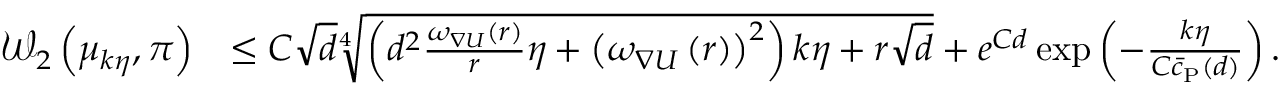
\begin{array} { r l } { \mathcal { W } _ { 2 } \left( \mu _ { k \eta } , \pi \right) } & { \le C \sqrt { d } \sqrt [ 4 ] { \left( d ^ { 2 } \frac { \omega _ { \nabla U } ( r ) } { r } \eta + \left( \omega _ { \nabla U } \left( r \right) \right) ^ { 2 } \right) k \eta + r \sqrt { d } } + e ^ { C d } \exp \left( - \frac { k \eta } { C \Bar { c } _ { \mathrm { P } } ( d ) } \right) . } \end{array}